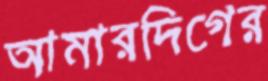
আমারদিগের